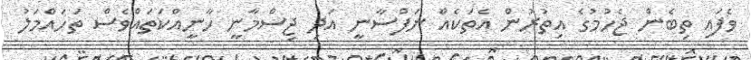
ވެފައި ތިބެން ޖެހުމުގެ އިތުރުން އެތަކެއް ނަފްސާނީ އަދި ޖިސްމާނީ ހާނީއްކަތައްވެސް ތަހައްމަލު